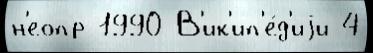
н'еопр 1990 В'ик'ип'е́д'иjи 4